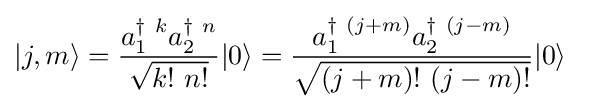
|j,m\rangle ={\frac {a_{1}^{\dagger ~k}a_{2}^{\dagger ~n}}{\sqrt {k!~n!}}}|0\rangle ={\frac {a_{1}^{\dagger ~(j+m)}a_{2}^{\dagger ~(j-m)}}{\sqrt {(j+m)!~(j-m)!}}}|0\rangle ~